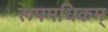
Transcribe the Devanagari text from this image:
रूपमधिकम्